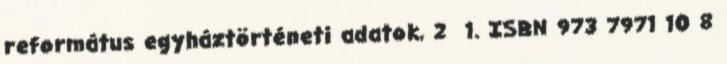
református egyháztörténeti adatok, 2 1. ISBN 973 7971 10 8